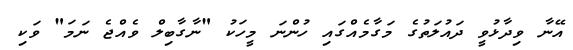
އޭނާ ވިދާޅުވީ ދައުލަތުގެ މަގާމެއްގައި ހުންނަ މީހަކު "ނާގާބިލް ވެއްޖެ ނަމަ" ވަކި